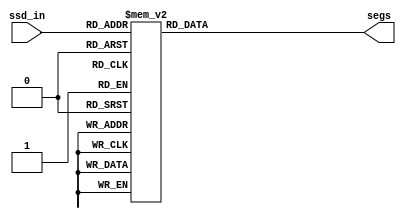
`timescale 1ns / 1ps


`define c 4'd1
`define d 4'd2
`define e 4'd3
`define f 4'd4
`define g 4'd5
`define a 4'd6
`define b 4'd7
`define C 4'd8
`define D 4'd9
`define E 4'd10
`define F 4'd11
`define G 4'd12
`define A 4'd13
`define B 4'd14

`define SS_c 8'b11100101
`define SS_d 8'b10000101
`define SS_e 8'b00100001
`define SS_f 8'b01110001
`define SS_g 8'b00001001
`define SS_a 8'b01000001
`define SS_b 8'b11000001
`define SS_C 8'b01100010
`define SS_D 8'b00000010
`define SS_E 8'b01100000
`define SS_F 8'b01110000
`define SS_G 8'b01000010
`define SS_A 8'b00010000
`define SS_B 8'b00000000

module Display(
    input [3:0]ssd_in,
    output reg [7:0] segs
    );
    
always @*
    begin
      case (ssd_in)
        `c: segs= `SS_c;
        `d: segs = `SS_d;
        `e: segs = `SS_e;
        `f: segs = `SS_f;
        `g: segs = `SS_g;
        `a: segs = `SS_a;
        `b: segs = `SS_b;
        `C: segs = `SS_C;
        `D: segs = `SS_D;
        `E: segs = `SS_E;
        `F: segs = `SS_F;
        `G: segs = `SS_G;
        `A: segs = `SS_A;
        `B: segs = `SS_B;
        default: segs = 8'b11111111;
        endcase
   end
        
endmodule